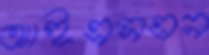
আইএসএন